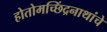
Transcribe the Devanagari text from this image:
होतोमच्छिंद्रनाथांचे